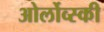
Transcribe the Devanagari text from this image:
ओर्लोव्स्की